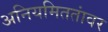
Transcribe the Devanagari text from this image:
अनियमिततांवर